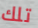
تلك